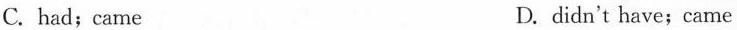
C.had;came D.didn't have;came